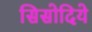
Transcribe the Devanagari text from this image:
सिसोदिये